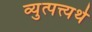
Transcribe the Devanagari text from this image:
व्युत्पत्त्यर्थ